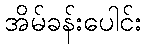
အိမ်ခန်းပေါင်း